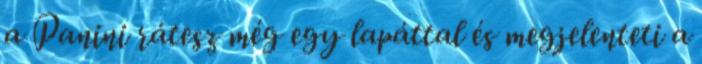
a Panini rátesz még egy lapáttal és megjelenteti a